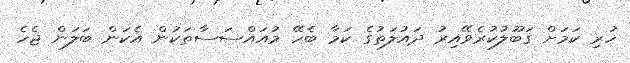
ހުރި ކަމަށް ގަބޫލުކުރެވޭއިރު ދައުލަތުގެ ކަމާ ބެހޭ މުއައްސަސާތަކުން އެކަން ބަލަން ޖެހެ